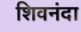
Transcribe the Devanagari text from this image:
शिवनंदा